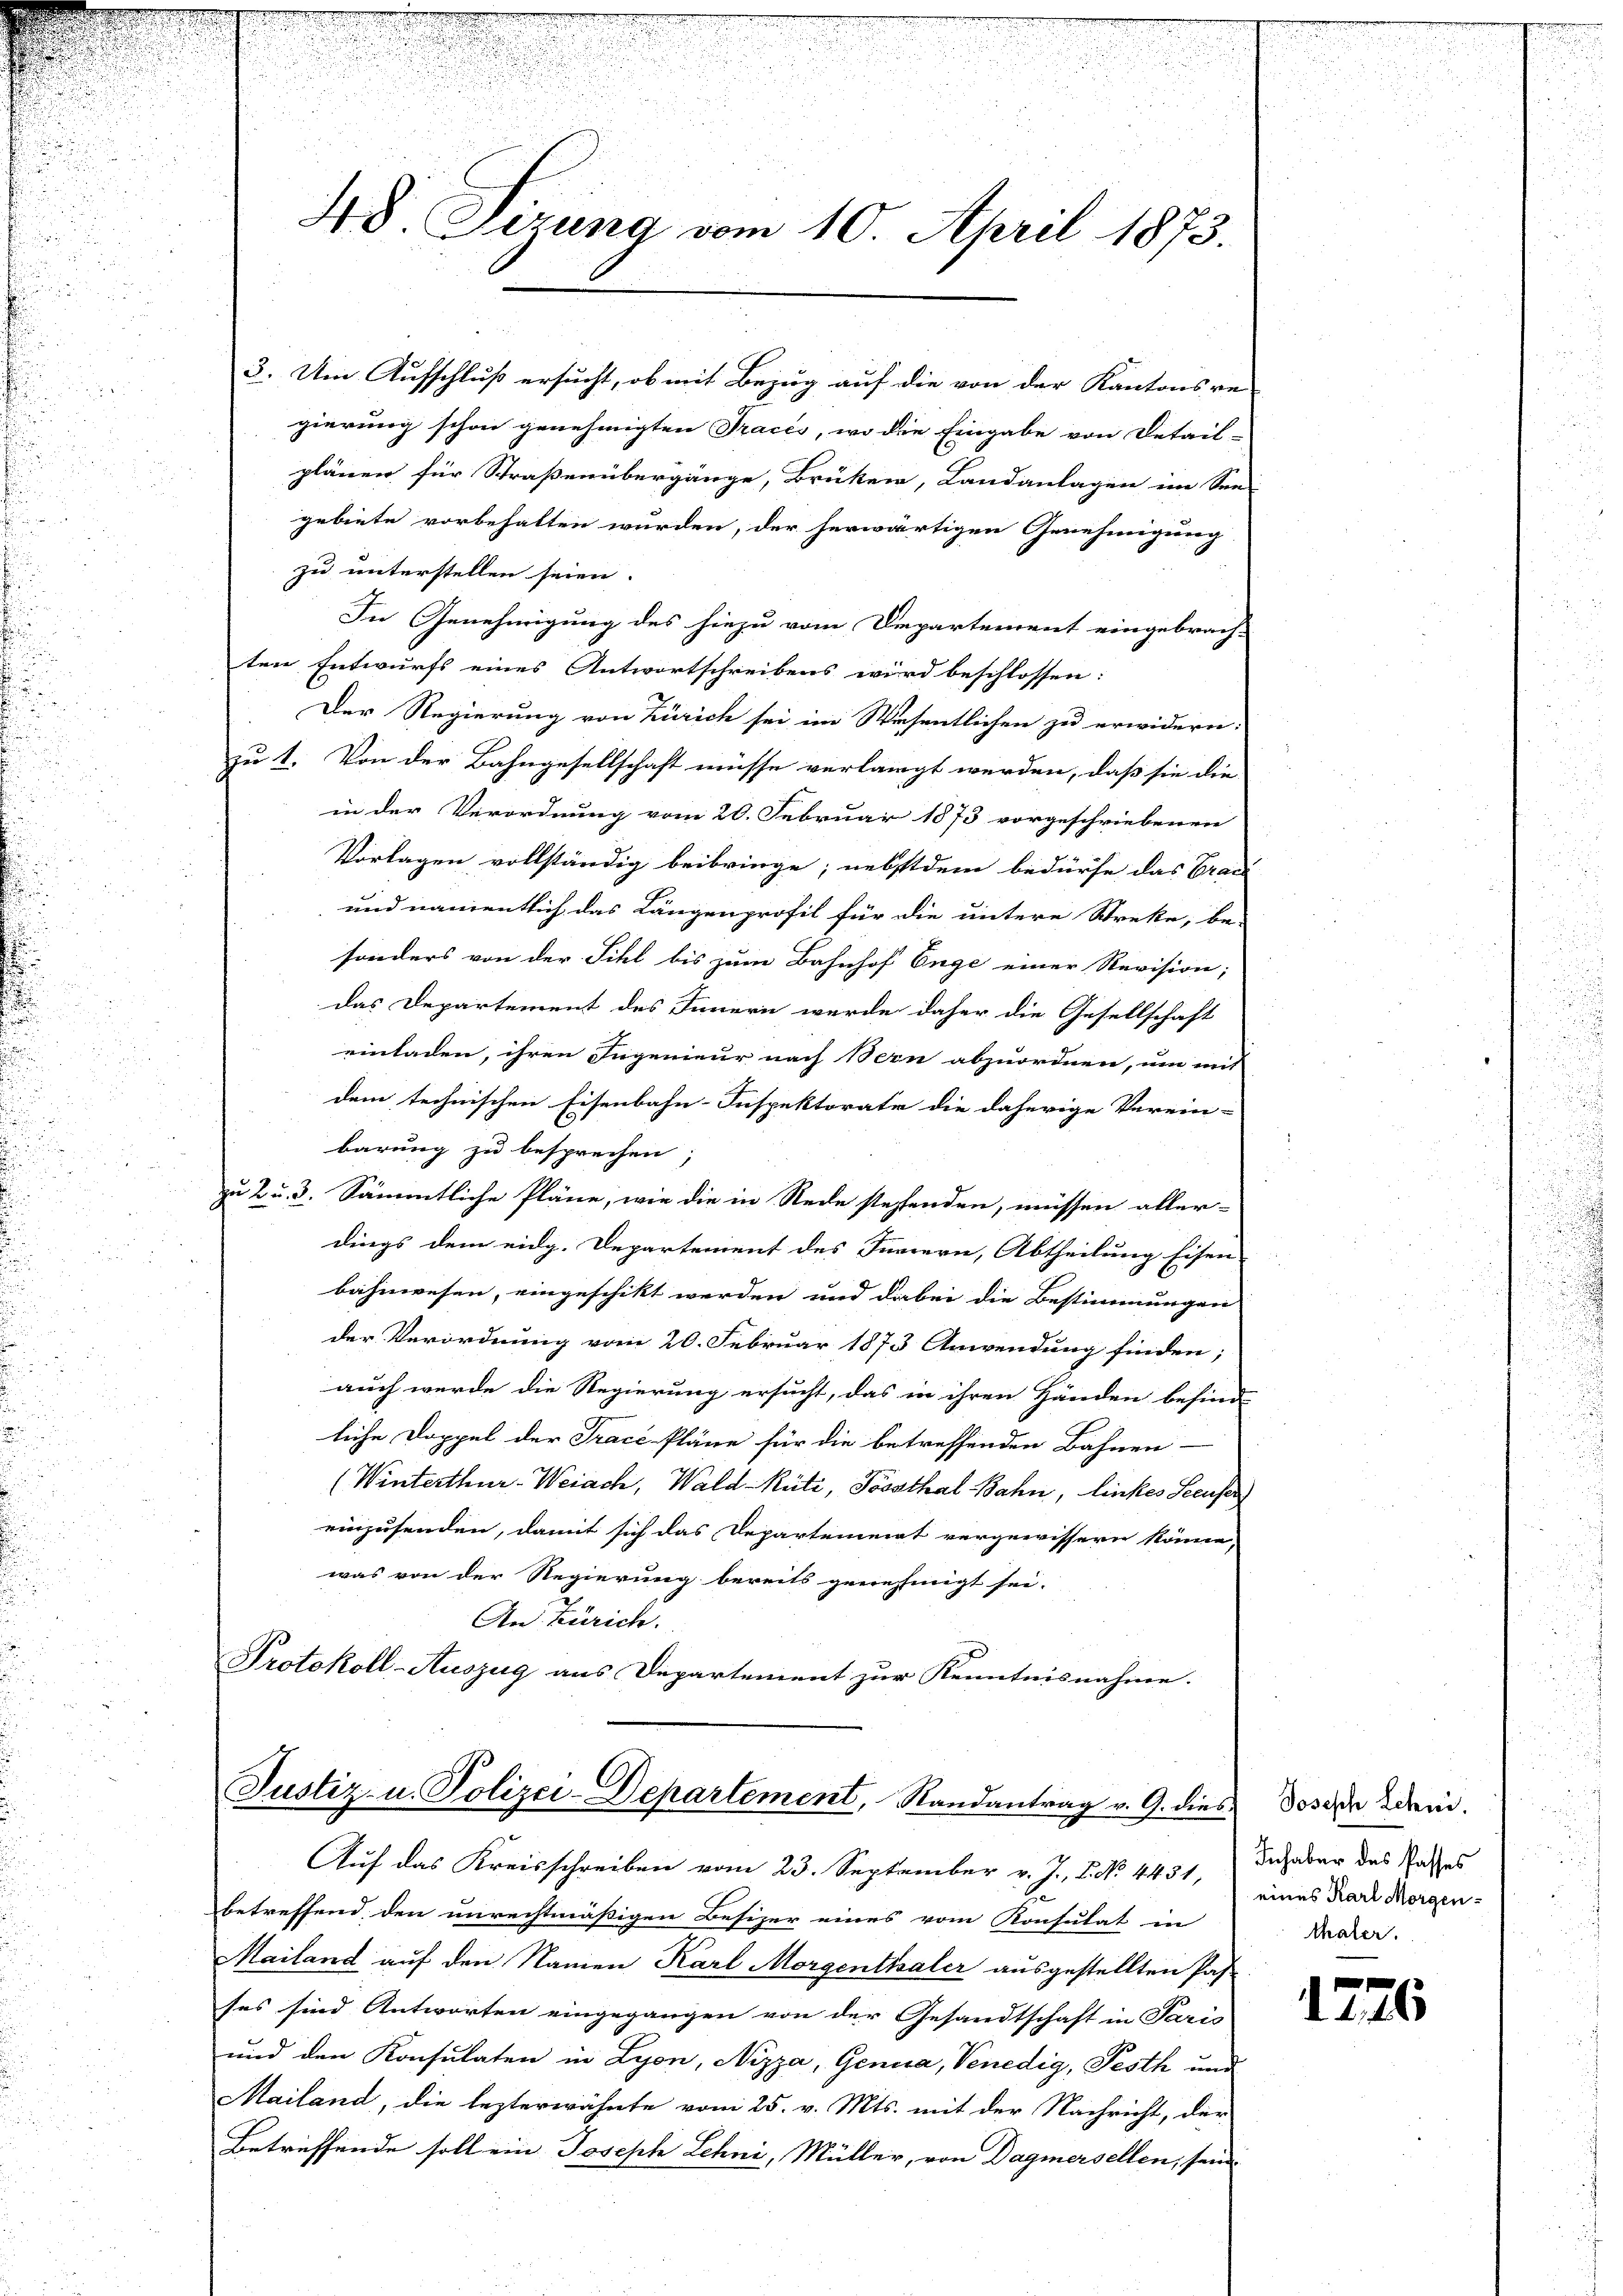
.
u

48 Sirung vom 10. April 1873.

gierung schon genehmigten Tracés, wo die Eingabe von Detail-
plänen für Straßenübergänge, Brüken, Landanlagen im See-
gebiete vorbehalten wurden, der herwärtigen Genehmigung
zu unterstellen seien.
In Genehmigung des hiezu vom Departement eingebrach-
ten Entwurfs eines Antwortschreibens wird beschlossen:
Der Regierung von Zürich sei im Wesentlichen zu erwidern:
zu 1. Von der Bahngesellschaft müsse verlangt werden, daß sie die
in der Verordnung vom 20. Februar 1873 vorgeschriebenen
Vorlagen vollständig beibringe; nebstdem bedürfe das Grau-
u
und namentlich das Längenprofil für die untere Streke, be-
sonders von der Sihl bis zum Bahnhof Enge einer Revision;
das Departement des Innern werde daher die Gesellschaft
einladen, ihren Ingenieur nach Bern abzuordnen, um mit
dem technischen Eisenbahn-Inspektorate die daherige Verein-
barung zu besprechen, |
zu 2 u. 3. Sämmtliche Pläne, wie die in Rede stehenden, müssen aller-
dings dem eidg. Departement des Innern, Abtheilung Eisen-
bähnwesen, eingeschikt werden und dabei die Bestimmungen
der Verordnung vom 20. Februar 1873 Anwendung finden;
auch wurde die Regierung ersucht, das in ihren Händen befind
liche Doppel der Trace Pläne für die betreffenden Bahnen
(Winterthur-Weiach, Wald-Rüti, Tossthal Bahn, linkes Seeufer
einzusenden, damit sich das Departement vergewissern könne,
was von der Regierung bereits genehmigt sei.
An Zürich.
Protokoll-Auszug aus Departement zur Kenntnisnahme.

3. Um Aufschluß ersucht, ob mit Bezug auf die von der Kantons re-

Justiz- u. Polizei-Departement, Randantrag v. G. dies Josefa Kdem.
Auf das Kreisschreiben vom 23. September v. J., P. No. 4431,
betreffend den unrechtmäßigen Besizer eines vom Konsulat in

Mailand auf den Namen Karl Morgenthaler ausgestellten Pas
ses sind Antworten eingegangen von der Gesandtschaft in Paris
und den Konsulaten in Lyon, Nizza, Genua, Venedig, Pesth und
Mailand, die lezterwähnte vom 25. v. Mts. mit der Nachricht, der
Betreffende soll ein Joseph Lehni, Müller, von Dagmersellen, seine

.

Inhaber des Passes
eines Karl Morgen-
thaler.

s
1,16

2
.